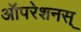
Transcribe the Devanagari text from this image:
ऑपरेशनस्